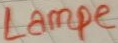
Text: Lampe